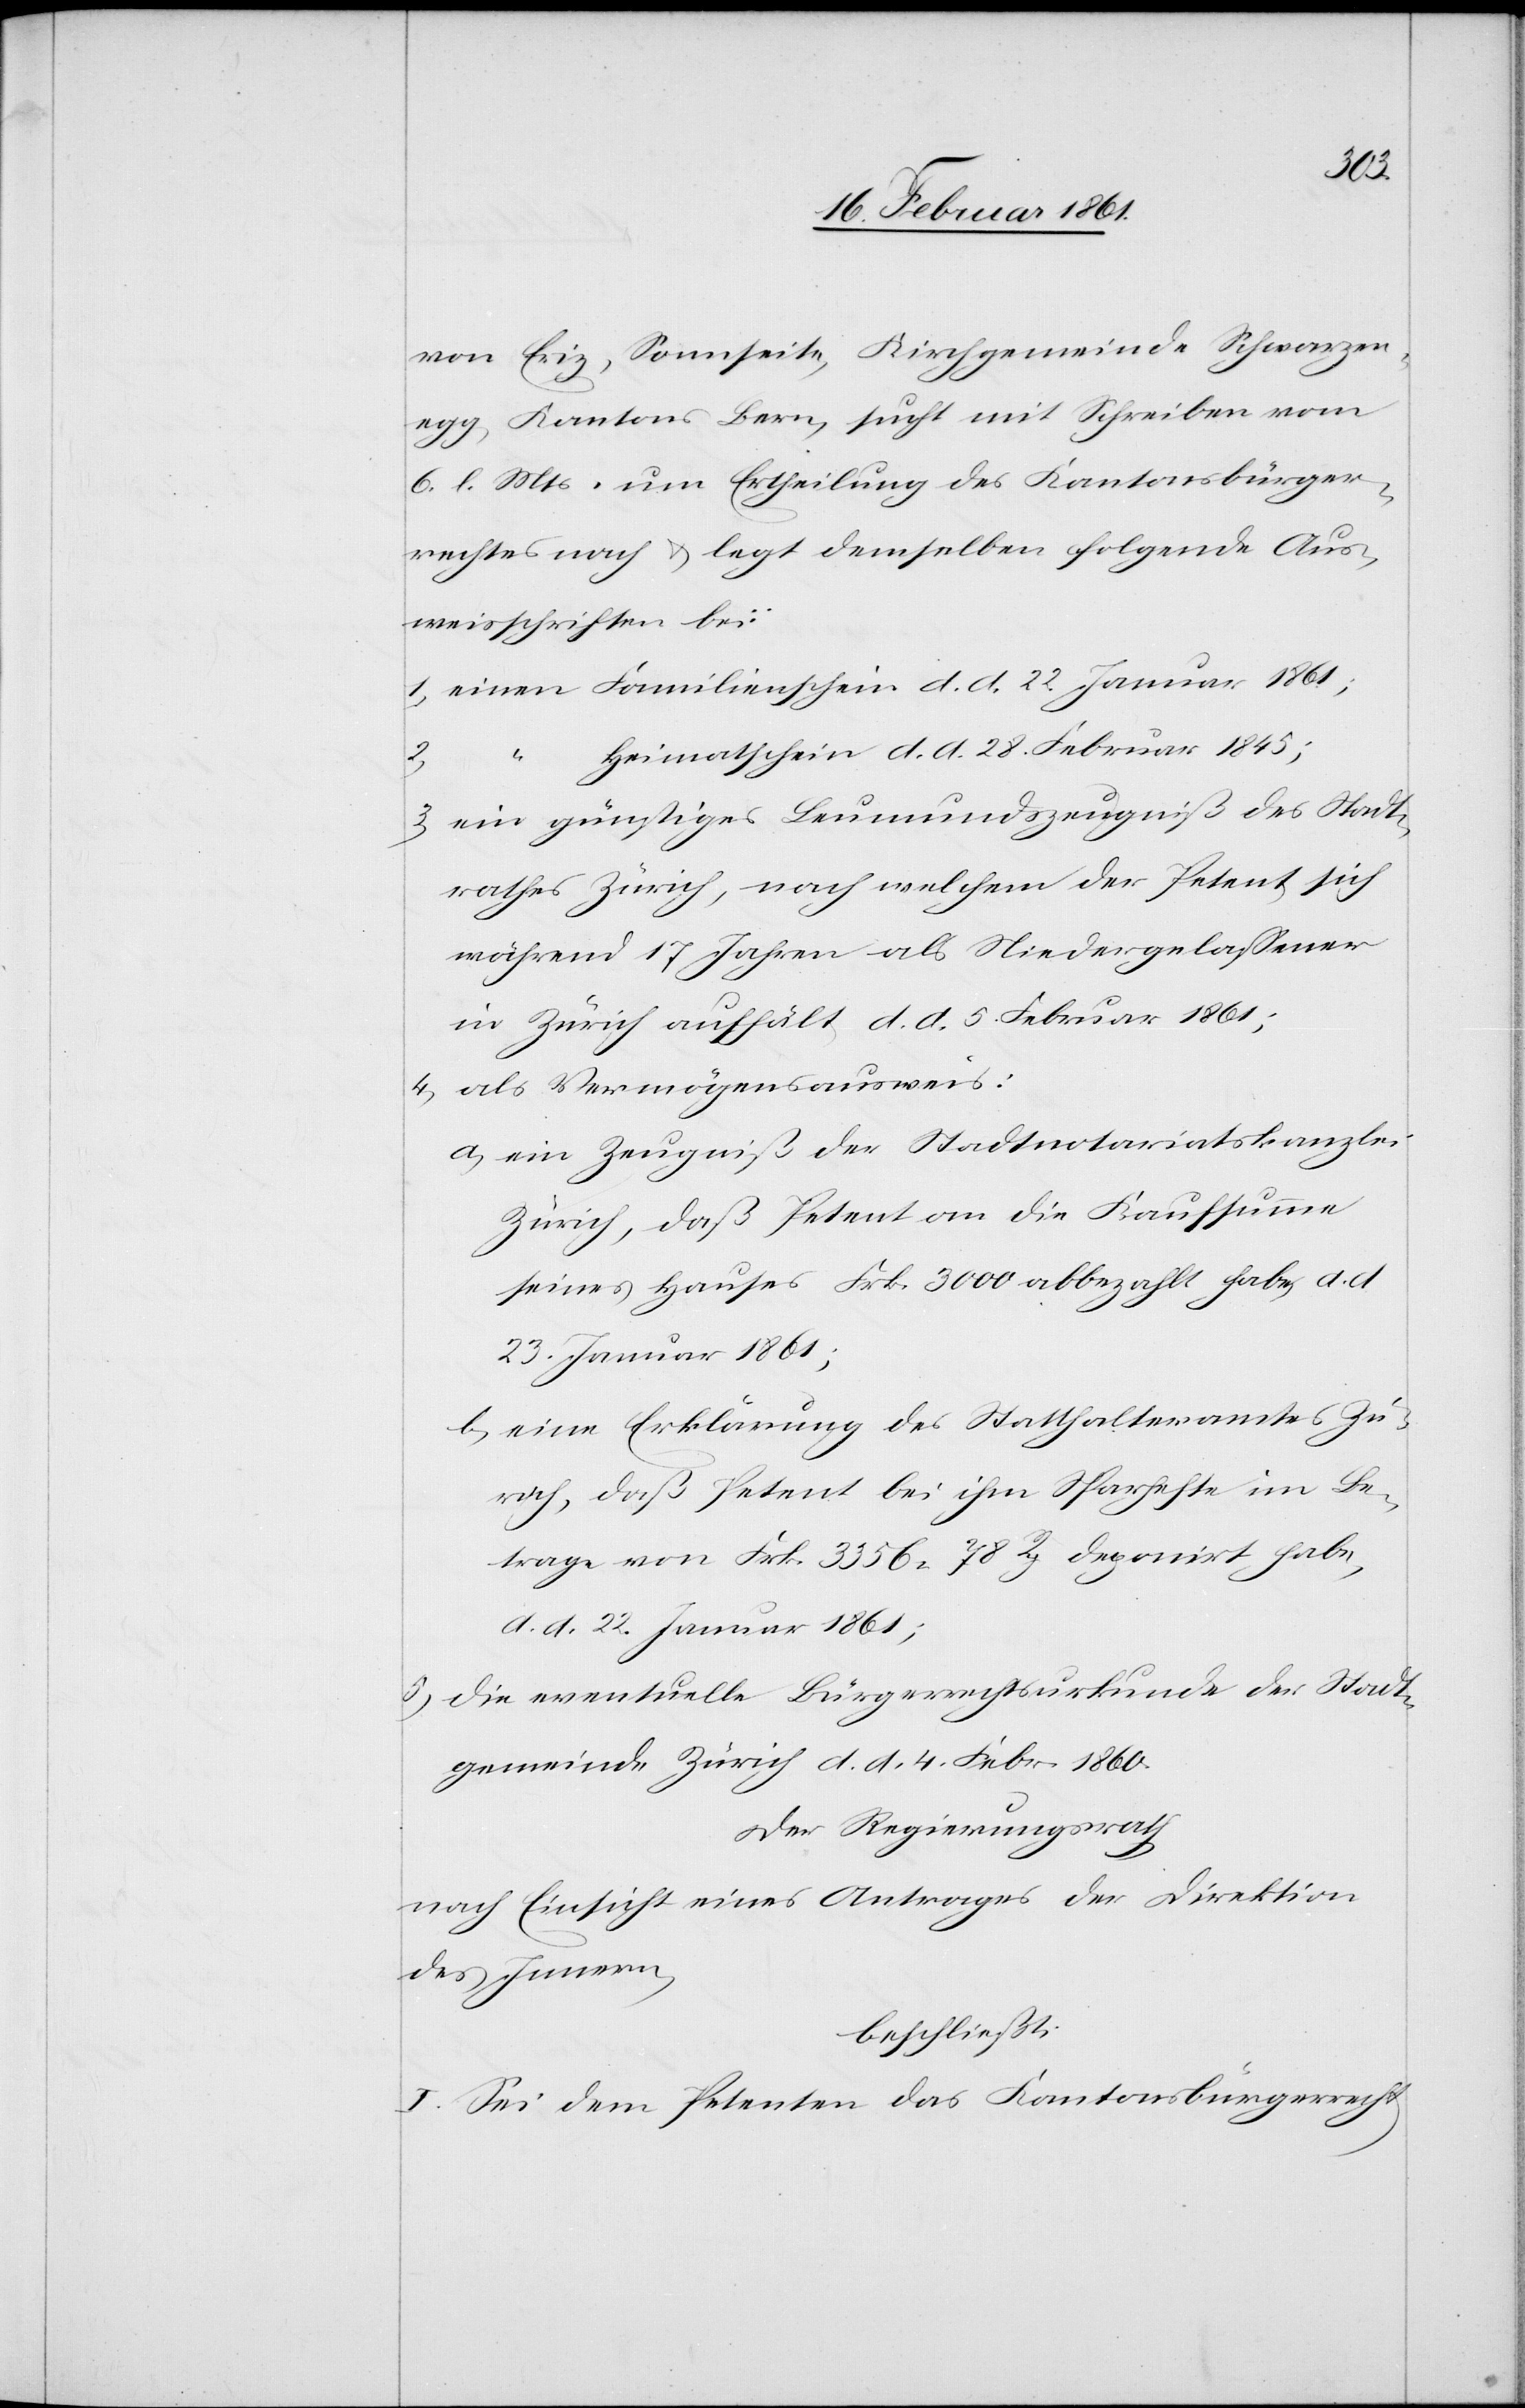
von Eriz, Sonnseite, Kirchgemeinde Schwarzen¬
bach, Kantons Bern, sucht mit Schreiben vom
6. l. Mts. um Ertheilung des Kantonsbürger¬
rechtes nach u. legt demselben folgende Aus¬
weisschriften bei:
1) einen Familienschein d. d. 22. Januar 1861;
Heimatschein d. d. 28. Februar 1845;
3) ein günstiges Leumundszeugniß des Stadt¬
rathes Zürich, nach welchem der Petent sich
während 17 Jahren als Niedergelassener
in Zürich aufhält d. d. 5. Februar 1861;
4) als Vermögensausweis:
a) ein Zeugniß der Stadtnotariatskanzlei
Zürich, daß Petent die Kaufsumme
seines Hauses Frk. 3000 abbezahlt habe, d. d.
23. Januar 1861;
b) eine Erklärung des Statthalteramtes Zü¬
rich, daß Petent bei ihm Sparhefte im Be¬
trage von Frk. 3356. 78 Rp. deponirt habe,
d. d. 22. Januar 1861;
5) die eventuelle Bürgerrechtsurkunde der Stadt¬
gemeinde Zürich d. d. 4. Febr. 1860.
Der Regierungsrath
nach Einsicht eines Antrages der Direktion
des Innern,
beschließt:
I. Sei dem Petenten das Kantonsbürgerrecht